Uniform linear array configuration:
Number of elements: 64
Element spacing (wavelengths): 1
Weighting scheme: cosine
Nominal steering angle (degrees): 0
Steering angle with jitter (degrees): -1.729
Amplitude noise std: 0.05
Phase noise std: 0.05

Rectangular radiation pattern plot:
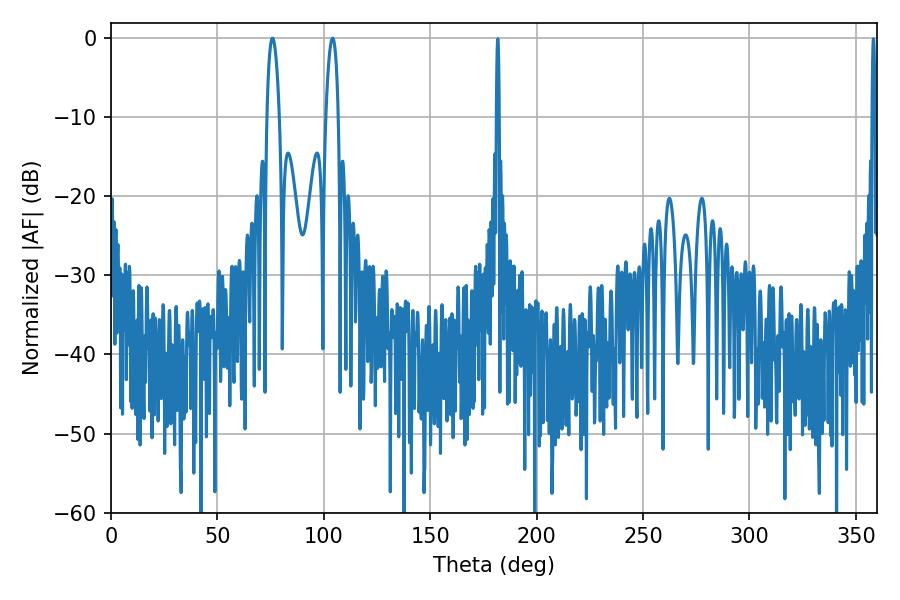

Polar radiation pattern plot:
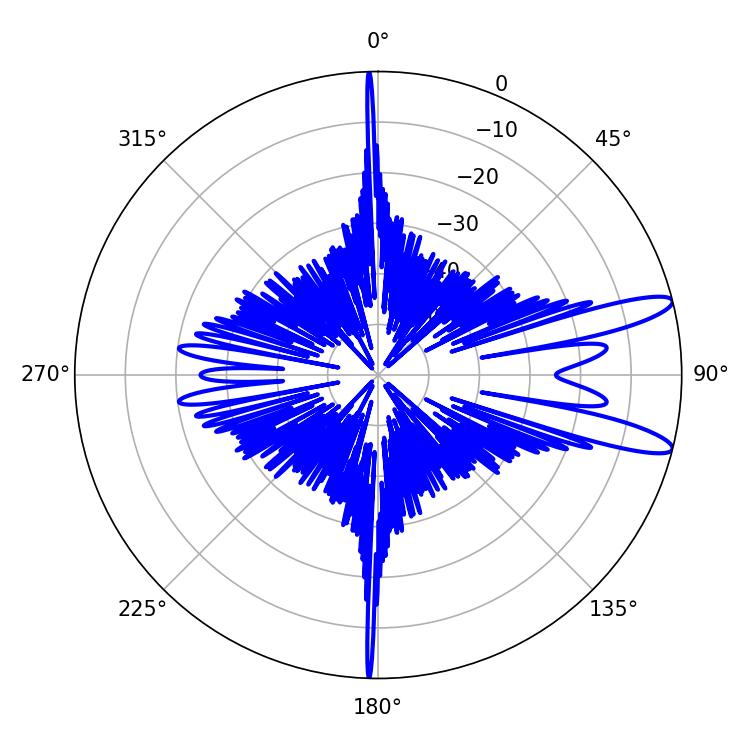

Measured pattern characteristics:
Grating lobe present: TRUE
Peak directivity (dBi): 12.082
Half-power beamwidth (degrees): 3.24
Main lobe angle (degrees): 104.04